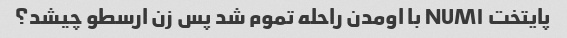
پایتخت NUM۱ با اومدن راحله تموم شد پس زن ارسطو چیشد؟